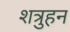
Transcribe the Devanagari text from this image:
शत्रुहन